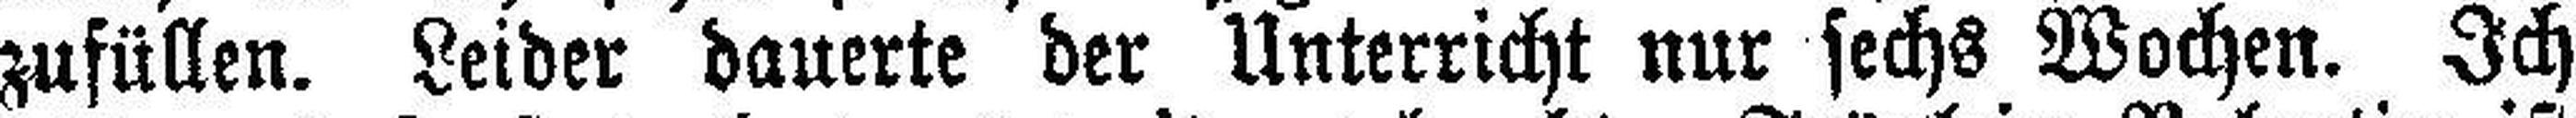
zufüllen. Leider dauerte der Unterricht nur sechs Wochen. Ich